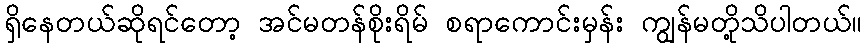
ရှိနေတယ်ဆိုရင်တော့ အင်မတန်စိုးရိမ် စရာကောင်းမှန်း ကျွန်မတို့သိပါတယ်။